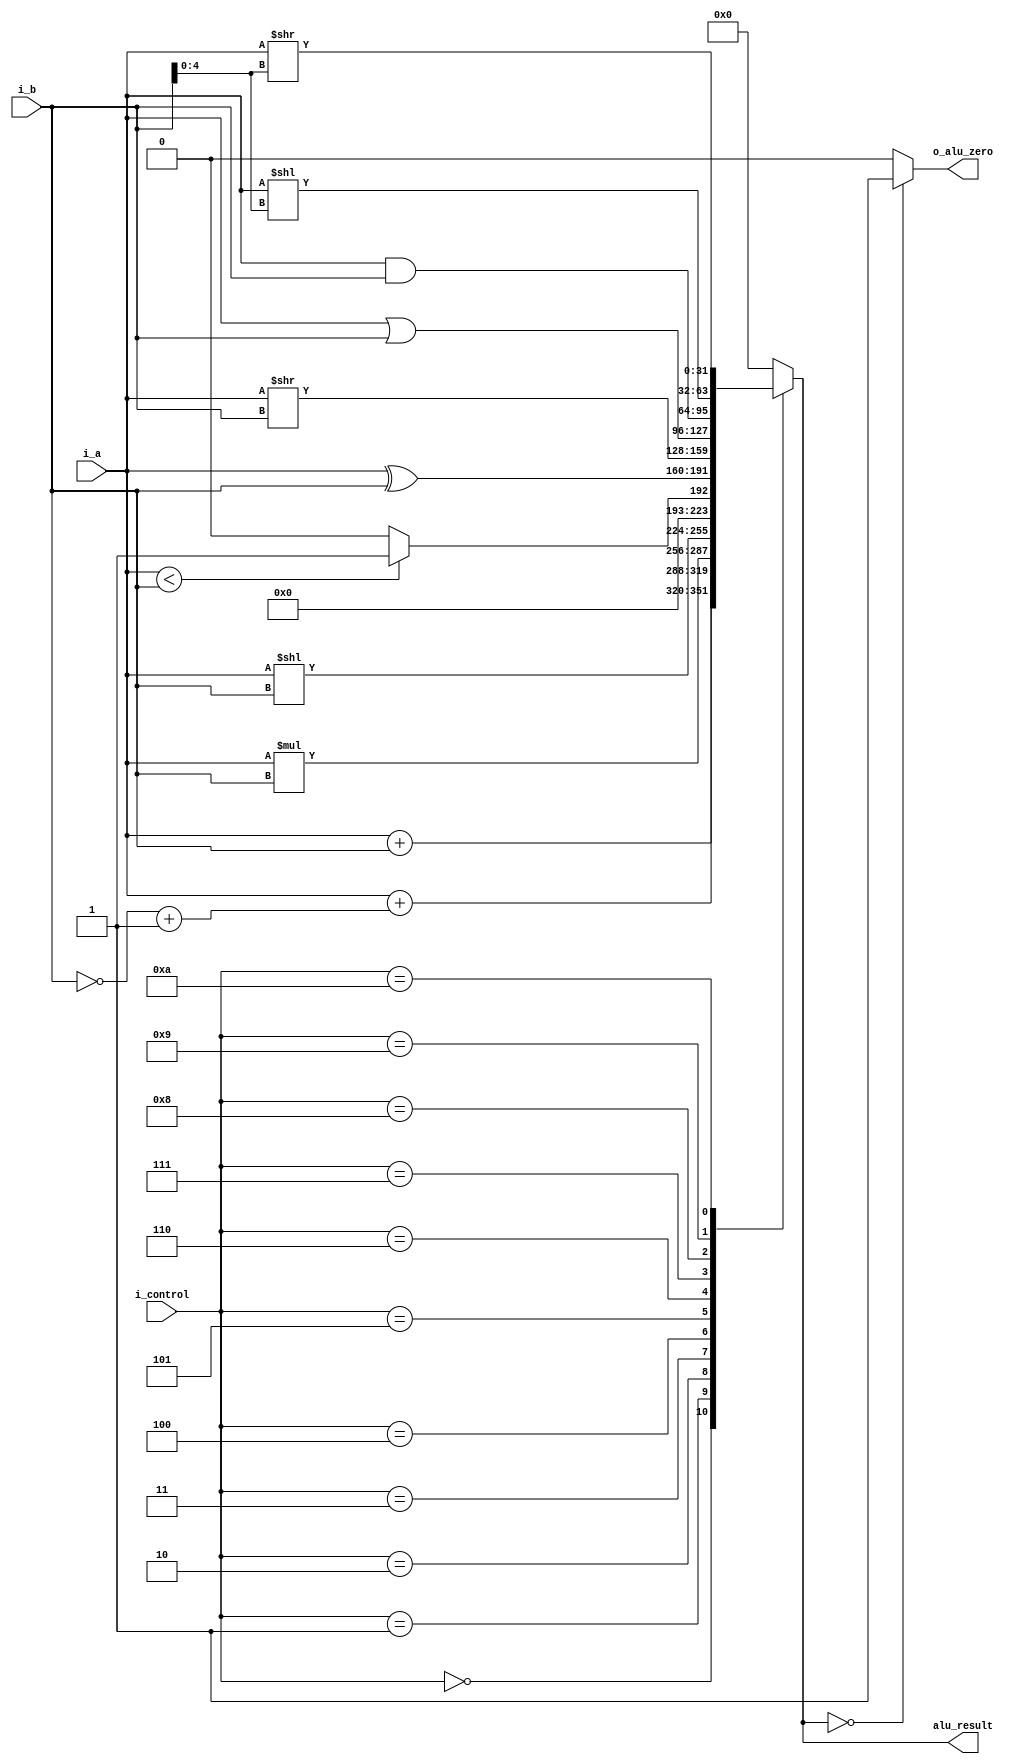
// Coder:           David Adrian Michel Torres, Eduardo Ethandrake Castillo Pulido
// Module name:	  ALU
// Project Name:	  risc_v_top
// Description:	  ALU logic

module ALU #(parameter LENGTH=32) (
    //inputs
	input [LENGTH-1:0] i_a,
    input [LENGTH-1:0] i_b,
    input [3:0] i_control,
	//outputs
	output o_alu_zero,
    output [LENGTH-1:0] alu_result
);


//add 0
//subs 1
//mult 2
//shift left 3
//set less than 4
//xor 5
//shift right 6
//or 7
//and 8
//shift left imm 9
//shift right imm A

reg [LENGTH-1:0] temp_result;

always@(*) begin
	temp_result= {LENGTH-1{1'b0}};
	case(i_control)
		4'h0 : //Add operation 
			begin
				temp_result= i_a + i_b;
			end
		4'h1 : //Substract operation 
			begin
				temp_result= i_a + (~i_b + 1'b1);
			end
		4'h2 : //Mult operation 
			begin
				temp_result= i_a * i_b;
			end
		4'h3 : //shift left 
			begin
				temp_result= i_a << i_b;
			end
		4'h4 : //set less than
			begin
				temp_result = (i_a < i_b) ? {{LENGTH-2{1'b0}},1'b1} : {LENGTH-1{1'b0}};
			end
		4'h5 : //xor
			begin
				temp_result= i_a ^ i_b;
			end
		4'h6 : //shift right
			begin
				temp_result= i_a >> i_b;
			end
		4'h7 : //or
			begin
				temp_result= i_a | i_b;
			end
		4'h8: //and
			begin
				temp_result= i_a & i_b;
			end
		4'h9: //shift left imm
			begin
				temp_result= i_a << i_b[4:0];
			end
		4'hA: //shift right imm
			begin
				temp_result= i_a >> i_b[4:0];
			end
		default: temp_result= 0; //Not specified which is the default value
	endcase
end

assign o_alu_zero = (temp_result == {(LENGTH-1){1'b0}}) ? 1'b1 : 1'b0;
assign alu_result = temp_result;


endmodule